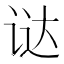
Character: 𬣵